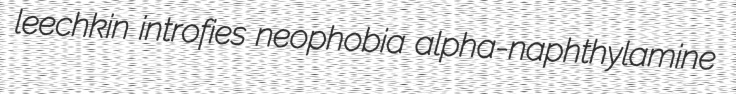
leechkin introfies neophobia alpha-naphthylamine